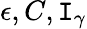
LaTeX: \epsilon,C,\mathtt{I}_{\gamma}